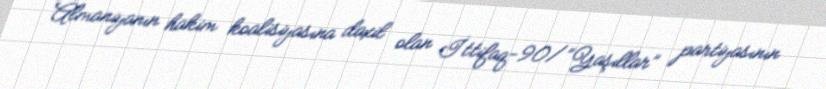
Almaniyanın hakim koalisiyasına daxil olan İttifaq-90/”Yaşıllar” partiyasının